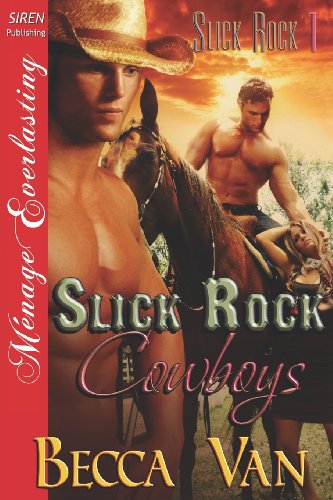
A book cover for Slick Rock Cowboys [Slick Rock 1] (Siren Publishing Menage Everlasting); Becca Van; Romance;